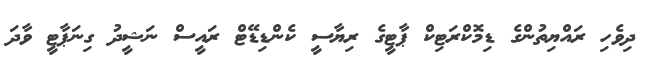
ދިވެހި ރައްޔިތުންގެ ޑިމޮކްރަޓިކް ޕާޓީގެ ރިޔާސީ ކެންޑިޑޭޓް ރައީސް ނަޝީދު ގިނަޕާޓީ ވާދަ